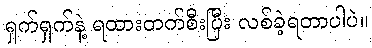
ရှက်ရှက်နဲ့ ရထားတက်စီးပြီး လစ်ခဲ့ရတာပါပဲ။